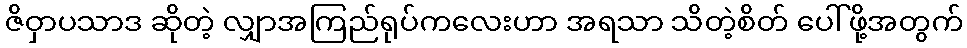
ဇိဝှာပသာဒ ဆိုတဲ့ လျှာအကြည်ရုပ်ကလေးဟာ အရသာ သိတဲ့စိတ် ပေါ်ဖို့အတွက်